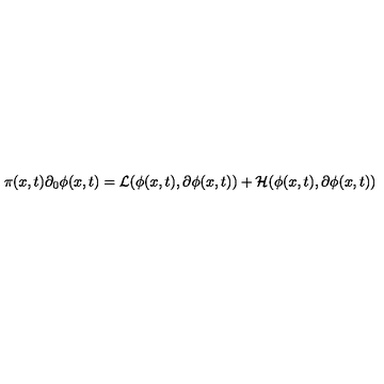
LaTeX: \pi ( x , t ) \partial _ { 0 } \phi ( x , t ) = { \cal L } ( \phi ( x , t ) , \partial \phi ( x , t ) ) + { \cal H } ( \phi ( x , t ) , \partial \phi ( x , t ) )